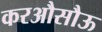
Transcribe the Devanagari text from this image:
करऔसौऊ